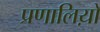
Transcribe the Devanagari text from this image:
प्रणालिय़ों